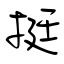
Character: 挺